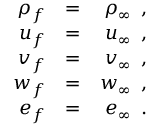
\begin{array} { r l r } { { \rho _ { f } } } & { { } { = } } & { { \rho _ { \infty } \, \mathrm { ~ , ~ } } } \\ { { u _ { f } } } & { { } { = } } & { { u _ { \infty } \, \mathrm { ~ , ~ } } } \\ { { v _ { f } } } & { { } { = } } & { { v _ { \infty } \, \mathrm { ~ , ~ } } } \\ { { w _ { f } } } & { { } { = } } & { { w _ { \infty } \, \mathrm { ~ , ~ } } } \\ { { e _ { f } } } & { { } { = } } & { { e _ { \infty } \, \mathrm { ~ . ~ } } } \end{array}